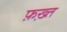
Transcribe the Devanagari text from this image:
फ़ख़्त